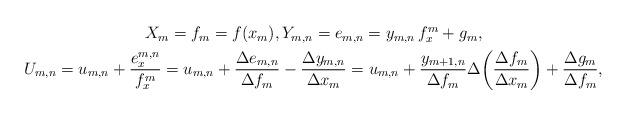
LaTeX: \begin{align*}\begin{gathered}X_m = f_m = f(x_m),Y_{m,n} = e_{m,n} = y_{m,n}\, f_{x}^m + g_m,\\U_{m,n} = u_{m,n} + \frac{e_{x}^{m,n}}{f_{x}^m} = u_{m,n} + \frac{\Delta e_{m,n}}{\Delta f_m} - \frac{\Delta y_{m,n}}{\Delta x_m}=u_{m,n} + \frac{y_{m+1,n}}{\Delta f_{m}} \Delta\bigg( \frac{\Delta f_m}{\Delta x_m}\bigg) + \frac{\Delta g_m}{\Delta f_m},\end{gathered}\end{align*}